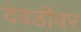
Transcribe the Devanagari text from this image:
देवडीवर